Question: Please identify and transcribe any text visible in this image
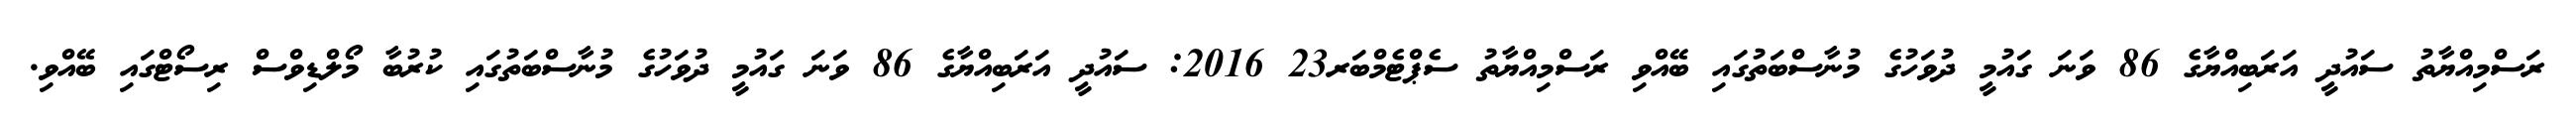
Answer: ރަސްމިއްޔާތު ސައުދީ އަރަބިއްޔާގެ 86 ވަނަ ގައުމީ ދުވަހުގެ މުނާސްބަތުގައި ބޭއްވި ރަސްމިއްޔާތު ސެޕްޓެމްބަރ23 2016: ސައުދީ އަރަބިއްޔާގެ 86 ވަނަ ގައުމީ ދުވަހުގެ މުނާސްބަތުގައި ކުރުބާ މޯލްޑިވްސް ރިސޯޓްގައި ބޭއްވި.